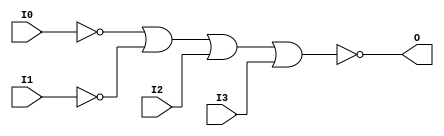
// $Header: /devl/xcs/repo/env/Databases/CAEInterfaces/verunilibs/s/NOR4B2.v,v 1.8 2003/01/21 01:55:30 wloo Exp $

/*

FUNCTION	: 4-INPUT NOR GATE

*/

`timescale  100 ps / 10 ps


module NOR4B2 (O, I0, I1, I2, I3);

    output O;

    input  I0, I1, I2, I3;

    not N1 (i1_inv, I1);
    not N0 (i0_inv, I0);
    nor O1 (O, i0_inv, i1_inv, I2, I3);

    specify
	(I0 *> O) = (0, 0);
	(I1 *> O) = (0, 0);
	(I2 *> O) = (0, 0);
	(I3 *> O) = (0, 0);
    endspecify

endmodule